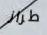
طراز